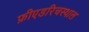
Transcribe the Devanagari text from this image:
फ्रीएडरिचस्थाल